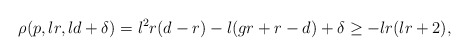
\begin{align*} \rho(p,lr,ld+\delta)=l^2 r(d-r)-l(gr+r-d)+\delta \geq -lr(lr+2),\end{align*}